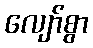
လျော်စွာ